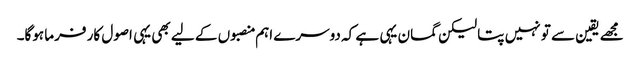
مجھے یقین سے تو نہیں پتا لیکن گمان یہی ہے کہ دوسرے اہم منصبوں کے لیے بھی یہی اصول کار فرما ہوگا۔